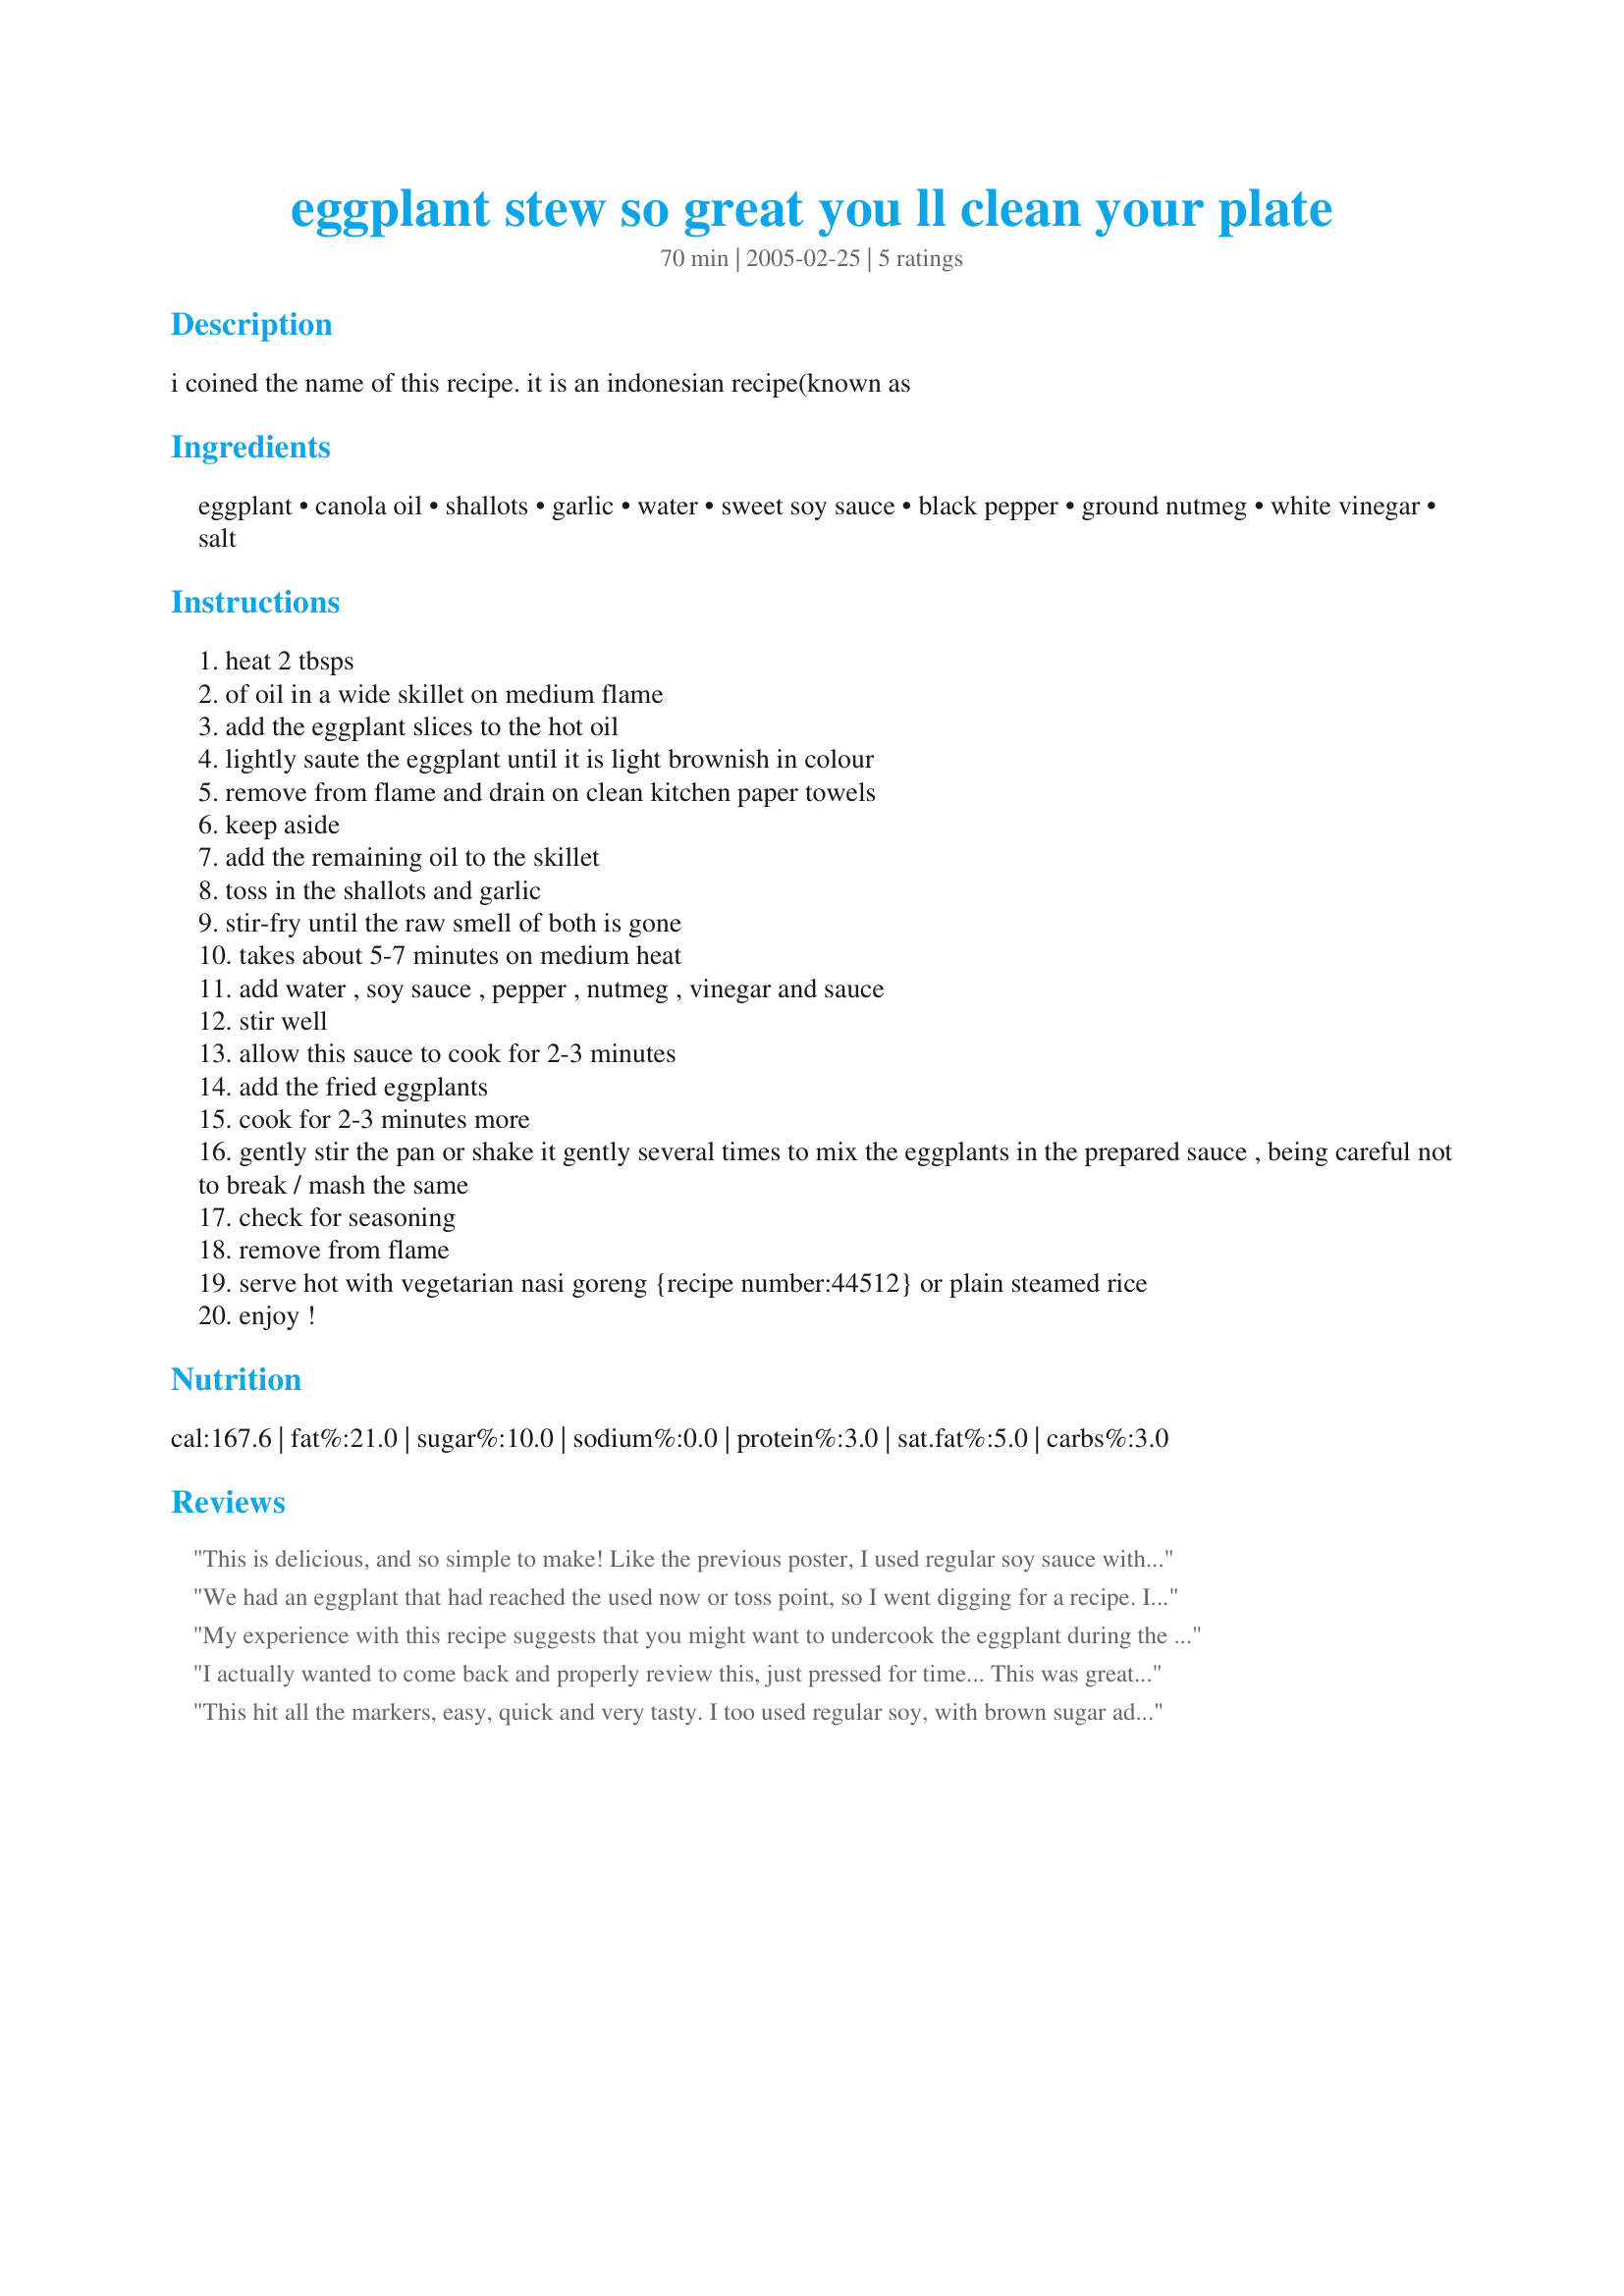
eggplant stew so great you ll clean your plate
Preparation time: 70 minutes

i coined the name of this recipe. it is an indonesian recipe(known as

Ingredients:
eggplant, canola oil, shallots, garlic, water, sweet soy sauce, black pepper, ground nutmeg, white vinegar, salt

Steps:
heat 2 tbsps
of oil in a wide skillet on medium flame
add the eggplant slices to the hot oil
lightly saute the eggplant until it is light brownish in colour
remove from flame and drain on clean kitchen paper towels
keep aside
add the remaining oil to the skillet
toss in the shallots and garlic
stir-fry until the raw smell of both is gone
takes about 5-7 minutes on medium heat
add water , soy sauce , pepper , nutmeg , vinegar and sauce
stir well
allow this sauce to cook for 2-3 minutes
add the fried eggplants
cook for 2-3 minutes more
gently stir the pan or shake it gently several times to mix the eggplants in the prepared sauce , being careful not to break / mash the same
check for seasoning
remove from flame
serve hot with vegetarian nasi goreng {recipe number:44512} or plain steamed rice
enjoy !

Reviews:
This is delicious, and so simple to make! Like the previous poster, I used regular soy sauce with some brown sugar added (1 T soy, 1 t brown sugar). I used a leftover slice of eggplant the next day to make a sandwich on french bread, topped with mozzarella. Just great!
We had an eggplant that had reached the used now or toss point, so I went digging for a recipe. I also added brown sugar to my plain soy sauce. Also, I can't get shallots and I substituted a red onion.
I was concerned about the vinegar, but it added the right amount of zing without in anyway overpowering the dish.
Dh, who doesn't like eggplant, loved it. Our guests came back for seconds. This is a delicious, easy recipe, and I will definitely make it again.
My experience with this recipe suggests that you might want to undercook the eggplant during the initial browning phase, so that it retains a bit more texture. Also, I would incorporate a teaspoon of cayenne pepper, or more (to taste), not with the intent of making it hot -- it just brings a bit more flavor to the dish. A good way to enjoy eggplant!
I actually wanted to come back and properly review this, just pressed for time...

This was great. I had 5 large eggplants that I needed to use up. I also had a house full of dh's soccer players (he's a coach). They loved this. 

I didn't have sweet soy sauce so I made the keecap manis, by simmering 1 cup of soy sauce with 6 T of brown sugar until it reduced a bit. 

This is great and very easy.
This hit all the markers, easy, quick and very tasty. I too used regular soy, with brown sugar added. Family says its a keeper. thanks for posting.
